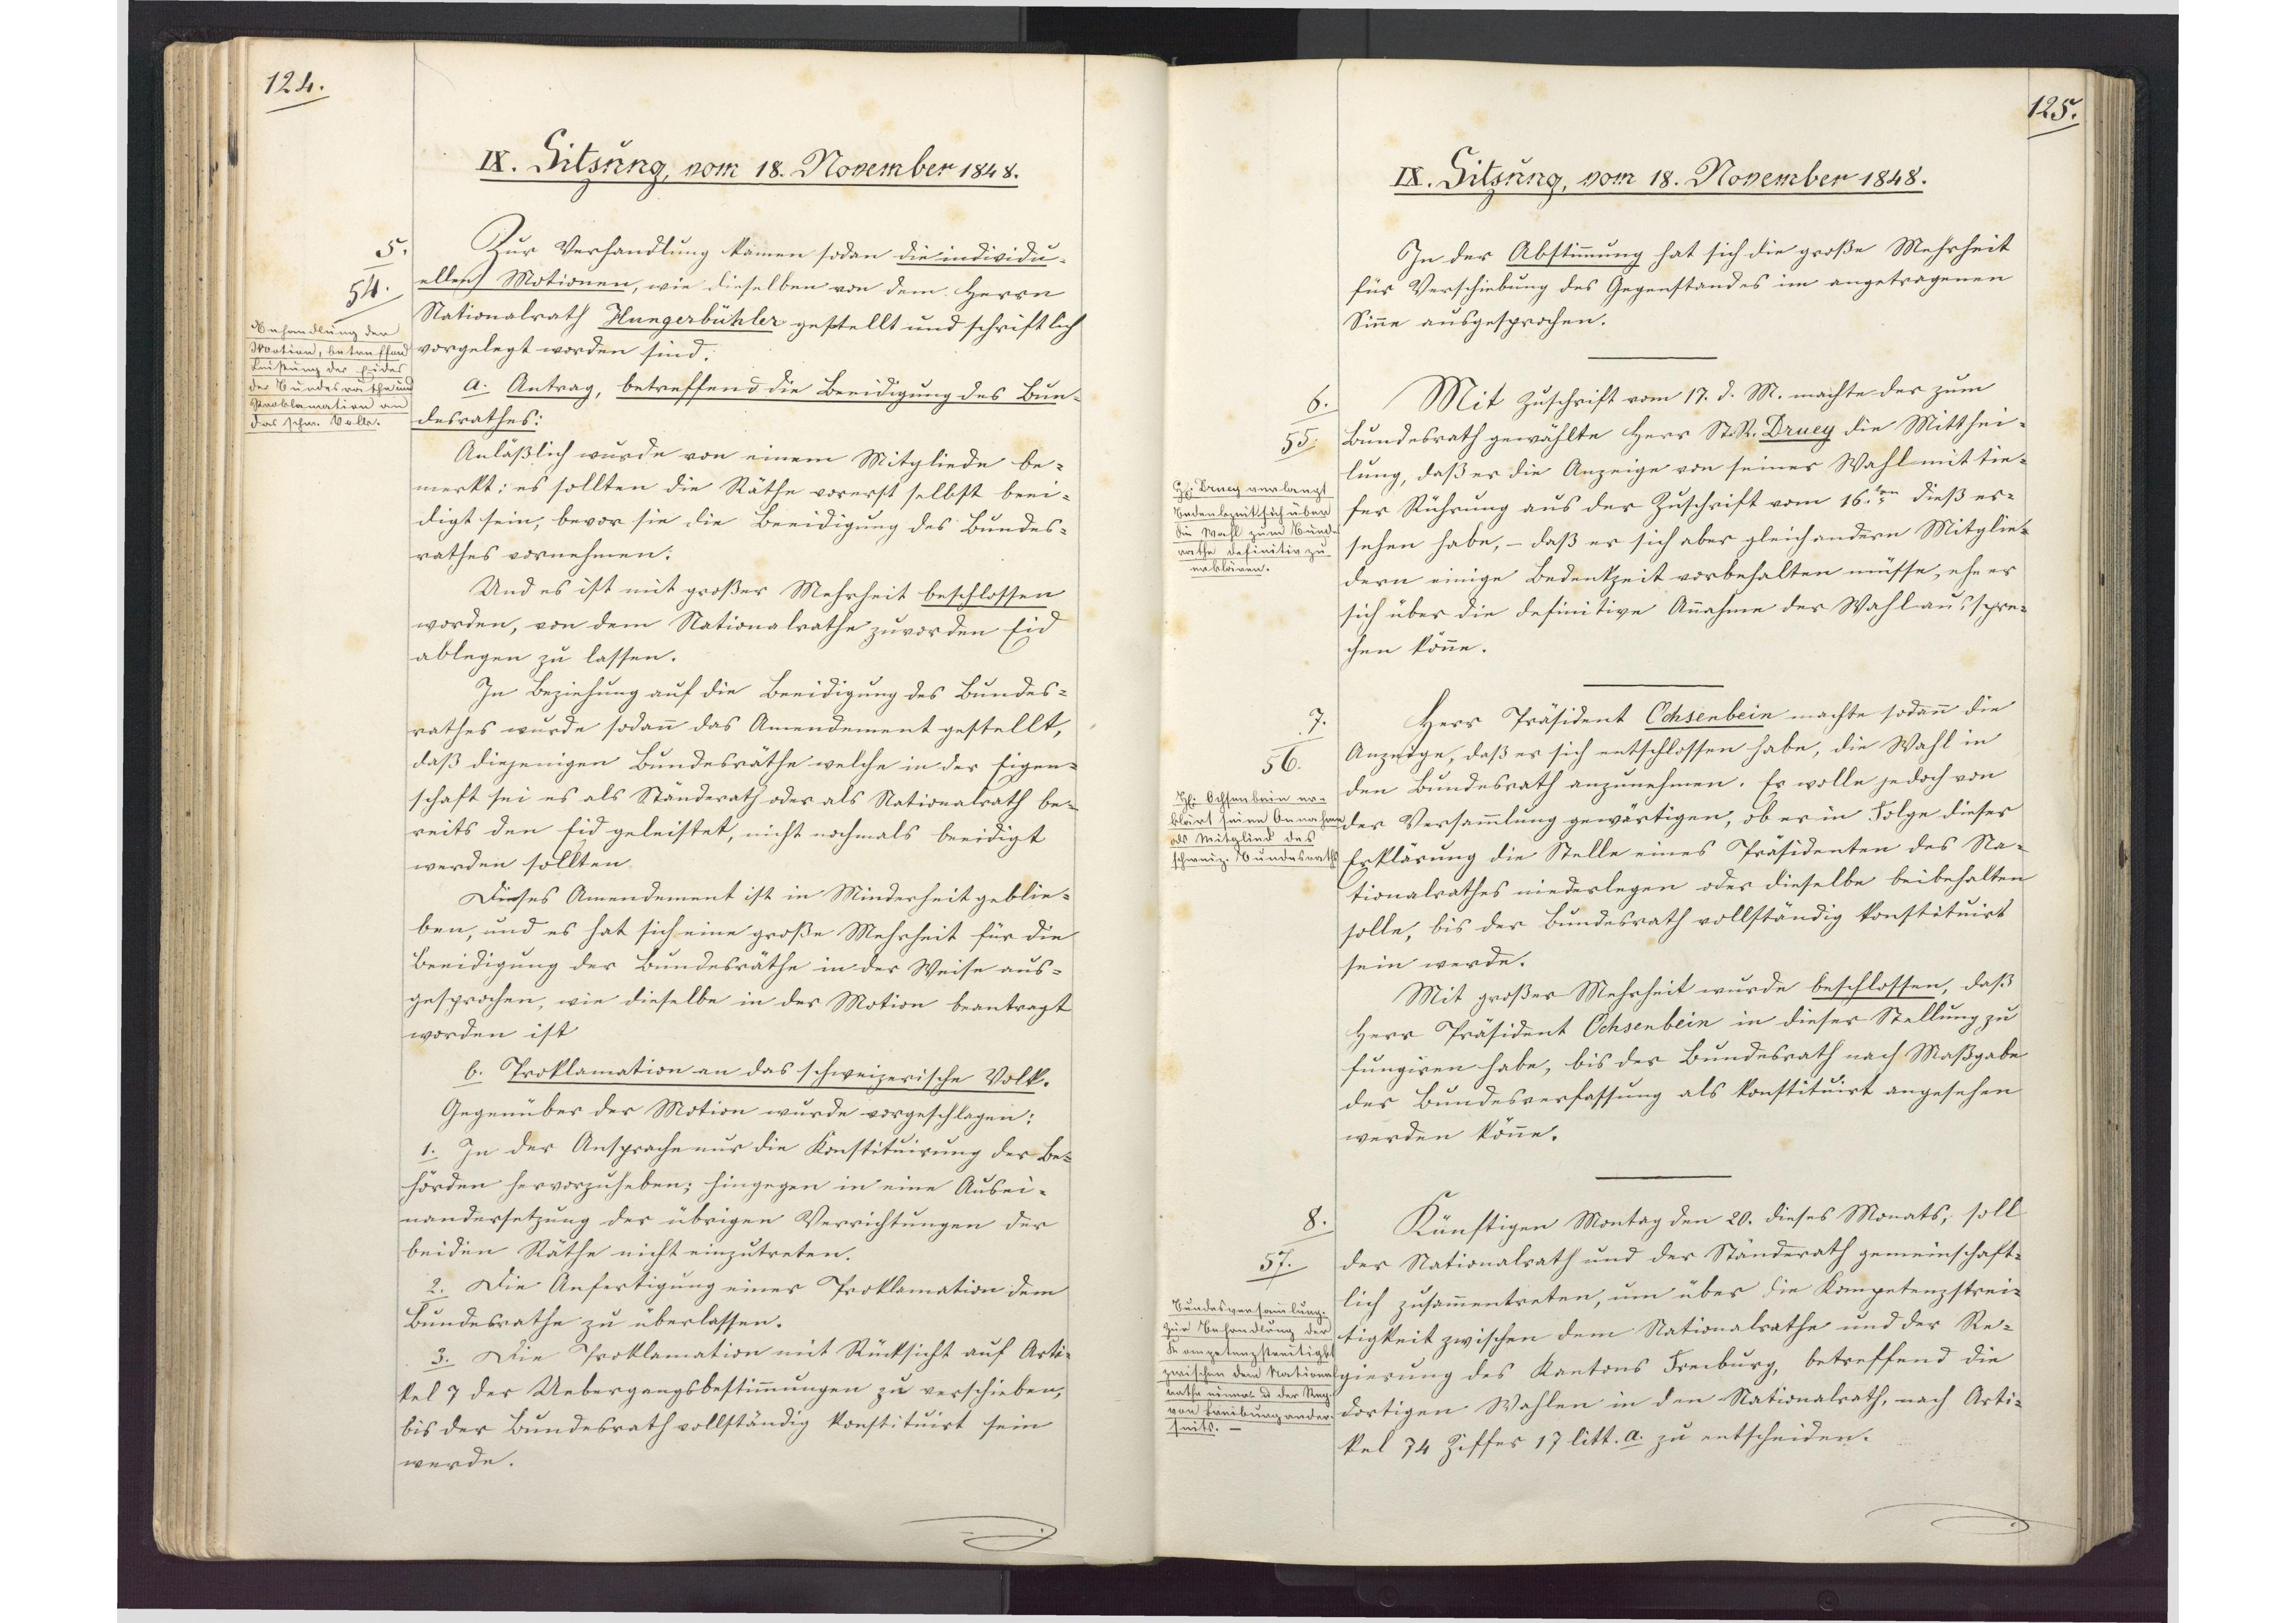
124.

IX. Sitzung, vom 18. November 1848.

Zur Verhandlung kamen sodan die individu¬
ellen Motionen, wie dieselben von dem Herrn
Nationalrath Hungerbühler gestellt und schriftlich
vorgelegt worden sind.
a. Antrag, betreffend die Beeidigung des Bun¬
desrathes:
Anläßlich wurde von einem Mitgliede be¬
merkt: es sollten die Räthe vorerst selbst beei¬
digt sein, bevor sie die Beeidigung des Bundes¬
rathes vornehmen.
Und es ist mit großer Mehrheit beschlossen
worden, von dem Nationalrathe zuvor den Eid
ablegen zu lassen.
In Beziehung auf die Beeidigung des Bundes¬
rathes wurde sodann das Amendement gestellt,
daß diejenigen Bundesräthe welche in der Eigen¬
schaft sei es als Ständerath oder als Nationalrath be¬
reits den Eid geleistet, nicht nochmals beeidigt
werden sollten.
Dieses Amendement ist in Minderheit geblie¬
ben, und es hat sich eine große Mehrheit für die
Beeidigung der Bundesräthe in der Weise aus¬
gesprochen, wie dieselbe in der Motion beantragt
worden ist.
b. Proklamation an das schweizerische Volk.
Gegenüber der Motion wurde vorgeschlagen:
1. In der Ansprache nur die Konstituirung der Be¬
hörden hervorzuheben; hingegen in eine Ausei¬
nandersetzung der übrigen Verrichtungen der
beiden Räthe nicht einzutreten.
2. Die Anfertigung einer Proklamation dem
Bundesrathe zu überlassen.
3. Die Proklamation mit Rücksicht auf Arti¬
kel 7 der Uebergangsbestimmungen zu verschieben,
bis der Bundesrath vollständig konstituirt sein
werde.

5.
54.
Behandlung der
Motion, betreffend
Leistung des Eides
der Bundesräthe und
Proklamation an
das schw. Volk.

125.

IX. Sitzung, vom 18. November 1848.

In der Abstimmung hat sich die große Mehrheit
für Verschiebung des Gegenstandes im angetragenen
Sinne ausgesprochen.
Mit Zuschrift vom 17. d. M. machte der zum
Bundesrath gewählte Herr St. R. Druey die Mitthei¬
lung, daß er die Anzeige von seiner Wahl mit tie¬
fer Rührung aus der Zuschrift vom 16.ten dieß er¬
sehen habe, - daß er sich aber gleich andern Mitglie¬
dern einige Bedenkzeit vorbehalten müsse, ehe er
sich über die definitive Annahme der Wahl ausspre¬
chen könne.
Herr Präsident Ochsenbein machte sodann die
Anzeige, daß er sich entschlossen habe, die Wahl in
den Bundesrath anzunehmen. Er wolle jedoch von
der Versammlung gewärtigen, ob er in Folge dieser
Erklärung die Stelle eines Präsidenten des Na¬
tionalrathes niederlegen oder dieselbe beibehalten
solle, bis der Bundesrath vollständig konstituirt
sein werde.
Mit großer Mehrheit wurde beschlossen, daß
Herr Präsident Ochsenbein in dieser Stellung zu
fungiren habe, bis der Bundesrath nach Maßgabe
der Bundesverfassung als konstituirt angesehen
werden könne.
Künftigen Montag den 20. dieses Monats, soll
der Nationalrath und der Ständerath gemeinschaft¬
lich zusammentreten, um über die Kompetenzstrei¬
tigkeit zwischen dem Nationalrathe und der Re¬
gierung des Kantons Freiburg, betreffend die
dortigen Wahlen in den Nationalrath, nach Arti¬
kel 74 Ziffer 17 litt. a. zu entscheiden.

6.
55.
Herr Druey verlangt
Bedenkzeit sich über
die Wahl zum Bundes¬
rathe definitiv zu
erklären.

7.
56.
Herr Ochsenbein er¬
klärt seine Annahme
als Mitglied des
schweiz. Bundesraths.

8.
57.
Bundesversammlung
zur Behandlung der
Kompetenzstreitigkeit
zwischen dem National¬
rathe einer- und der Reg.
von Freiburg ander¬
seits.